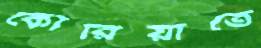
কোরিয়াতে